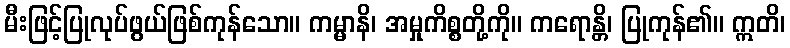
မီးဖြင့်ပြုလုပ်ဖွယ်ဖြစ်ကုန်သော။ ကမ္မာနိ၊ အမှုကိစ္စတို့ကို။ ကရောန္တိ၊ ပြုကုန်၏။ ဣတိ၊